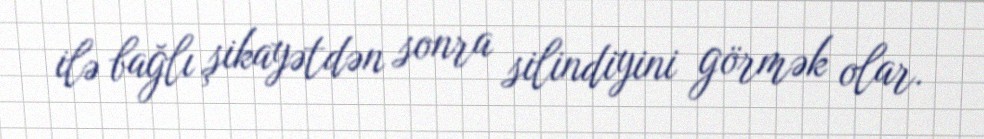
ilə bağlı şikayətdən sonra silindiyini görmək olar.